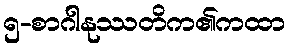
၅-စာဂါနုဿတိက၏ကထာ